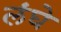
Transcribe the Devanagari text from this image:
लंघे